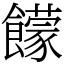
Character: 饛